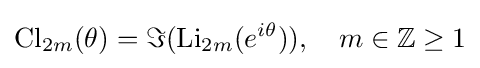
\operatorname {Cl} _{2m}(\theta )=\Im (\operatorname {Li} _{2m}(e^{i\theta })),\quad m\in \mathbb {Z} \geq 1